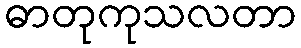
ဓာတုကုသလတာ